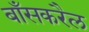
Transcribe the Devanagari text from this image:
बाँसकरैल